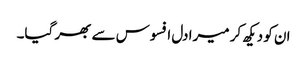
ان کو دیکھ کر میرا دل افسوس سے بھر گیا۔